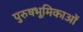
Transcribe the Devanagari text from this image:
पुरुषभूमिकाओं